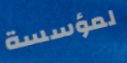
لمؤسسة